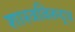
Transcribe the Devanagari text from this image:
शास्त्रविरुद्ध